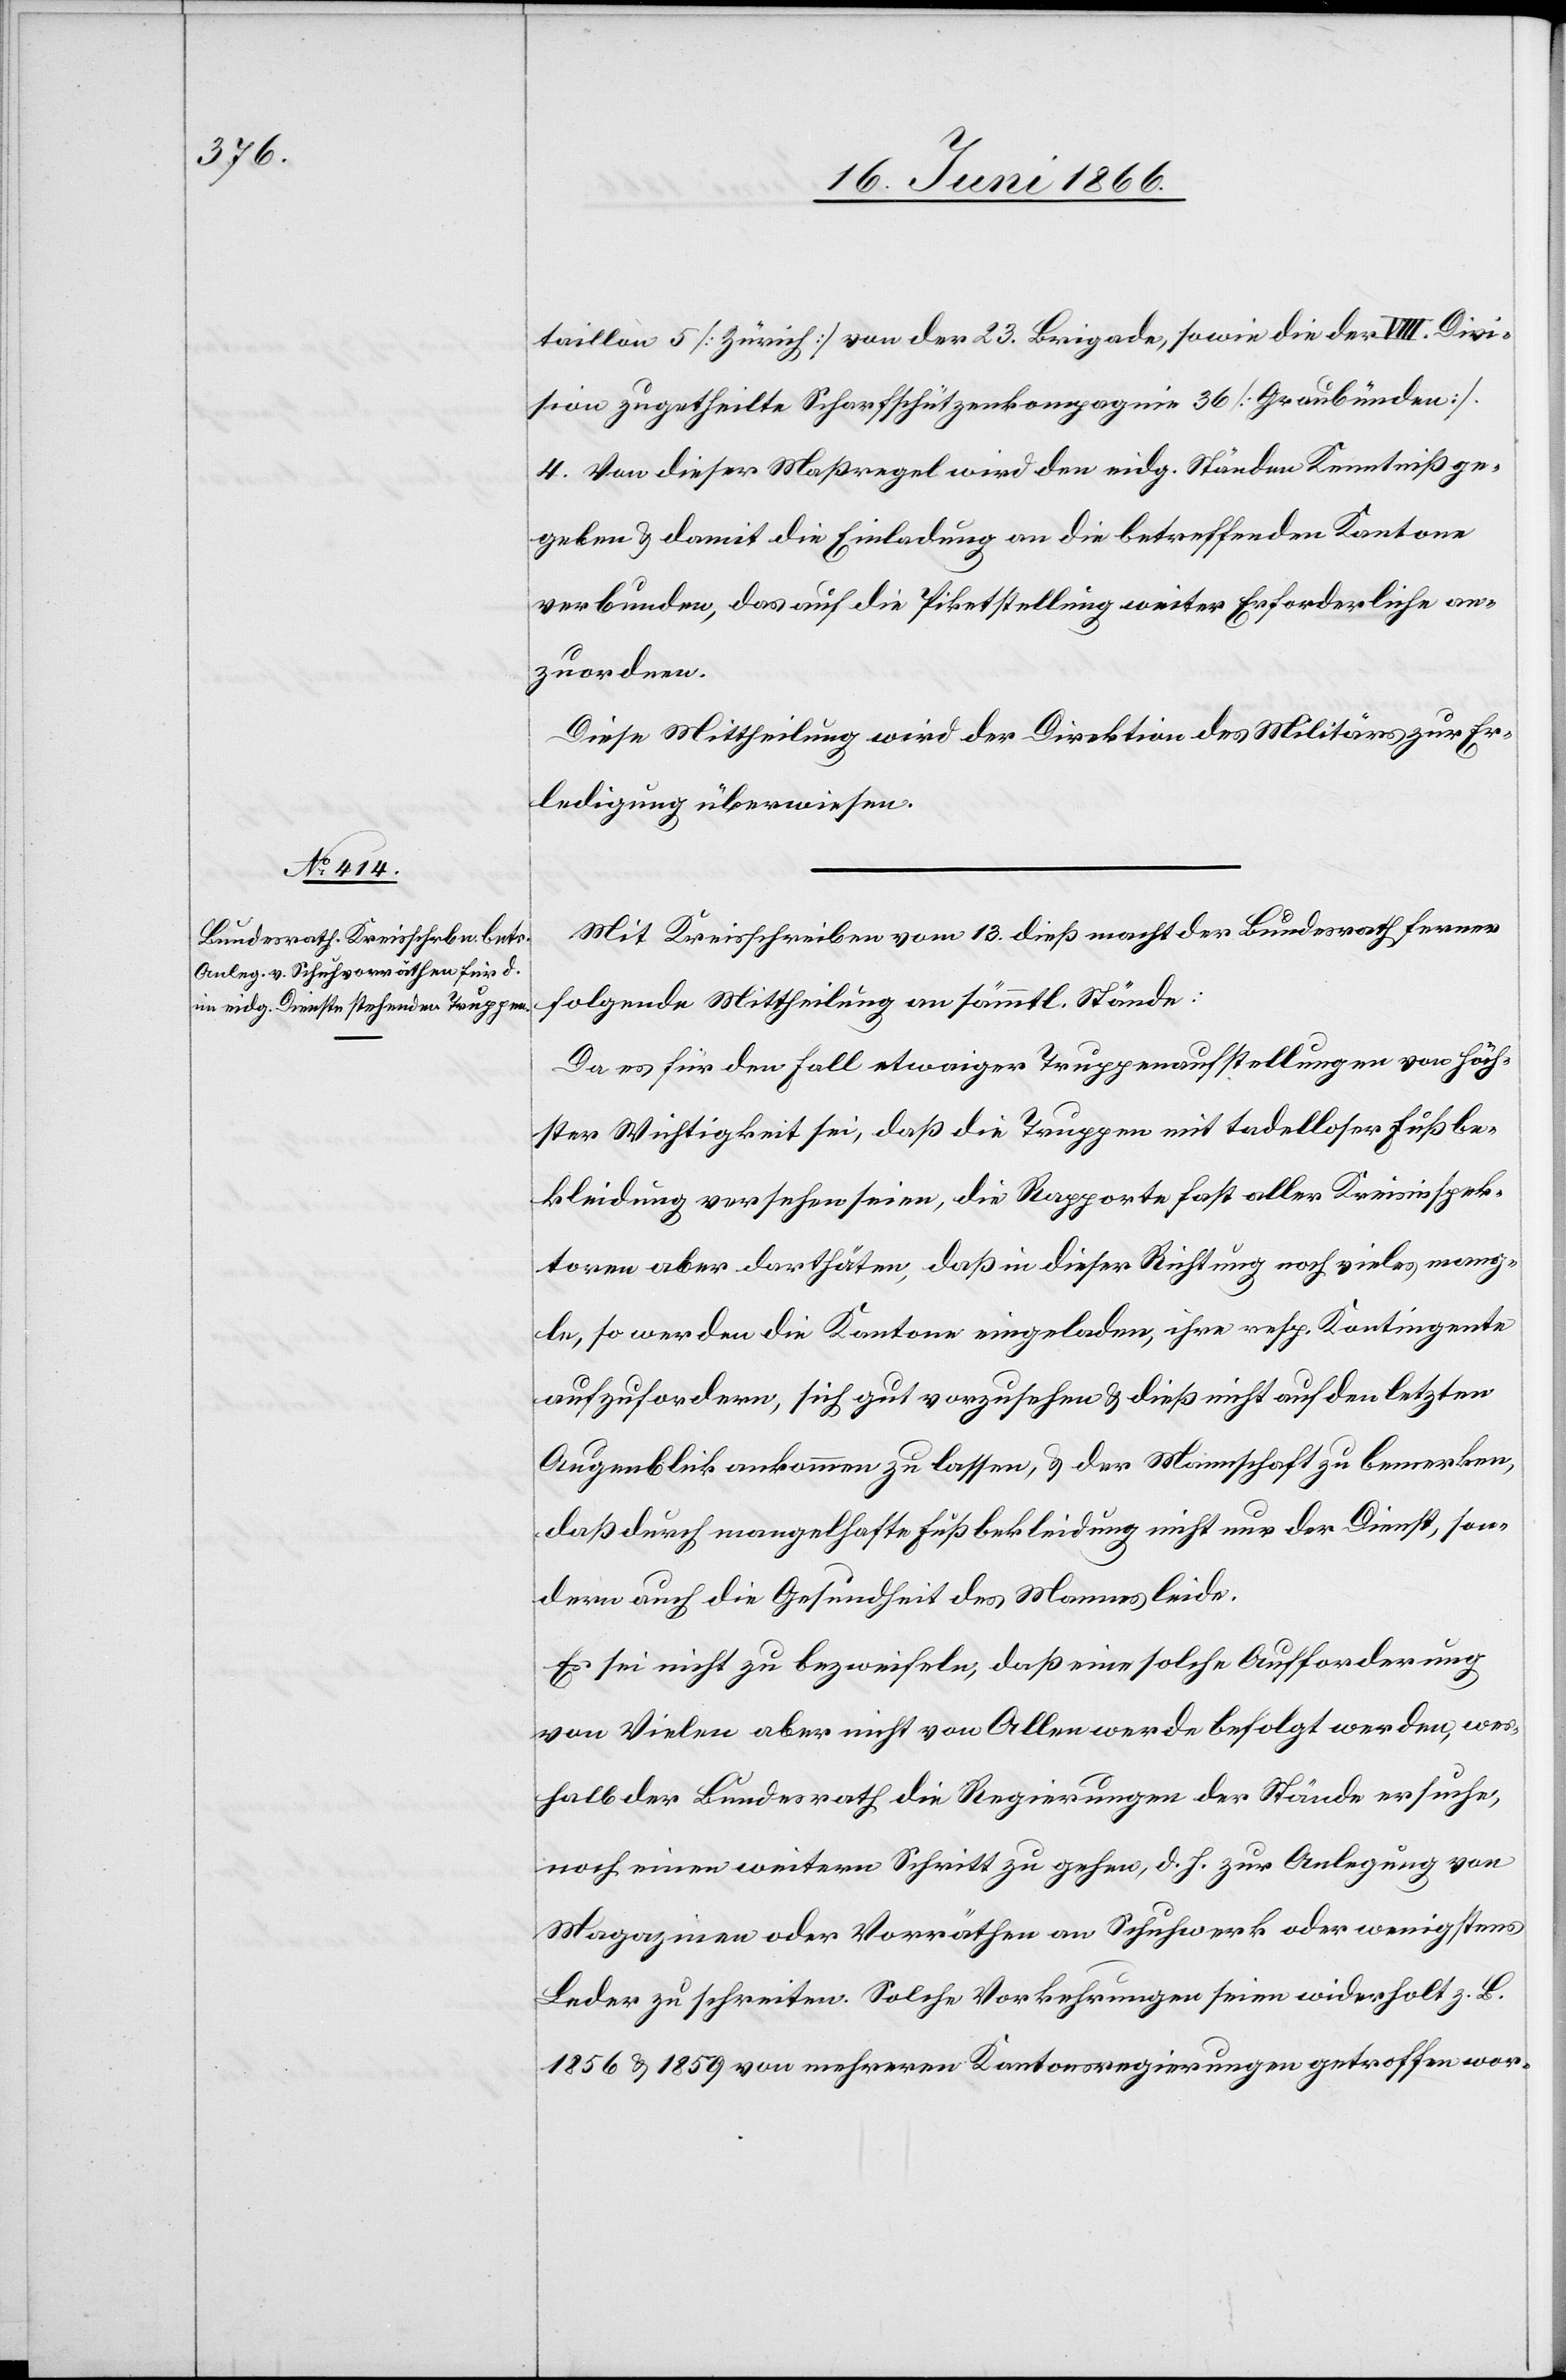
taillon 5 [Zürich] von der 23. Brigade, sowie die der VIII. Divi¬
sion zugetheilte Scharfschützenkompagnie 36 [Graubünden].
4. Von dieser Maßregel wird den eidg. Ständen Kenntniß ge¬
geben u. damit die Einladung an die betreffenden Kantone
verbunden, das auf die Piketstellung weiter Erforderliche an¬
zuordnen.
Diese Mittheilung wird der Direktion des Militärs zur Er¬
ledigung überwiesen.
Mit Kreisschreiben vom 13. dieß macht der Bundesrath ferner
folgende Mittheilung an sämmtl. Stände:
Da es für den Fall etwaiger Truppenaufstellungen von höch¬
ster Wichtigkeit ist, daß die Truppen mit tadelloser Fußbe¬
kleidung versehen seien, die Rapporte fast aller Kreisinspek¬
toren aber darthäten, daß in dieser Richtung noch vieles mang¬
le, so werden die Kantone eingeladen, ihre resp. Kontingente
aufzufordern, sich gut vorzusehen u. dieß nicht auf den letzten
Augenblick ankommen zu lassen, u. der Mannschaft zu bemerken,
daß durch mangelhafte Fußbekleidung nicht nur der Dienst, son¬
dern auch die Gesundheit des Mannes leide.
Es sei nicht zu bezweifeln, daß eine solche Aufforderung
von Vielen aber nicht von Allen werde befolgt werden, wes¬
halb der Bundesrath die Regierungen der Stände ersuche,
noch einen weitern Schritt zu gehen, d. h. zur Anlegung von
Magazinen oder Vorräthen an Schuhwerk oder wenigstens
Leder zu schreiten. Solche Vorkehrungen seien widerholt z. B.
1856 u. 1859 von mehrern Kantonsregierungen getroffen wor-